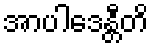
အာပါဒေန္တီတိ